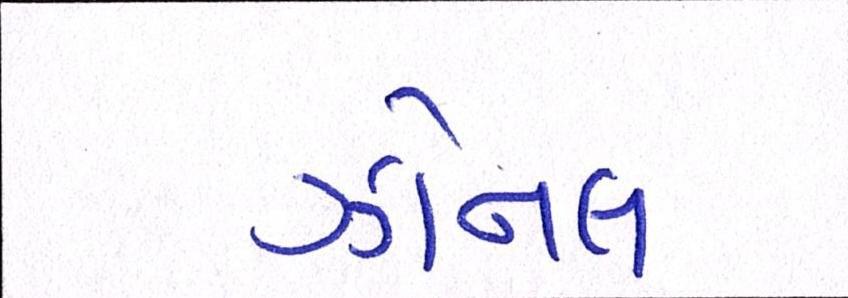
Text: ઝોનલ